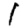
Digit: 1